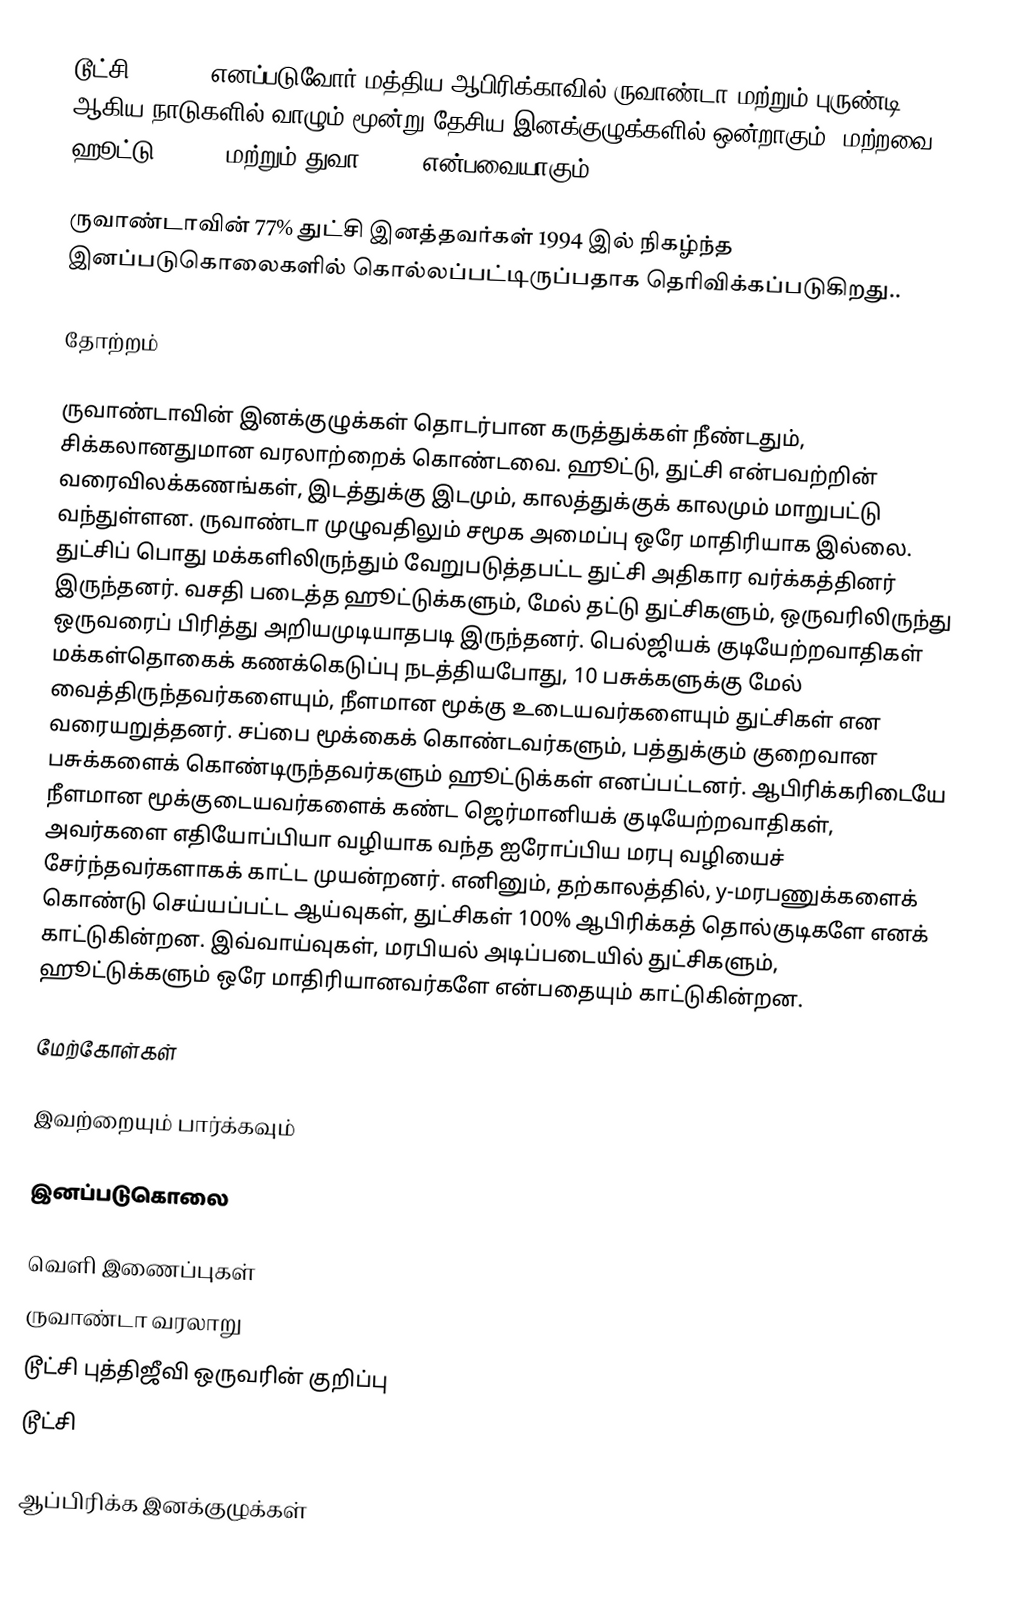
டூட்சி (Tutsi) எனப்படுவோர் மத்திய ஆபிரிக்காவில் ருவாண்டா மற்றும் புருண்டி ஆகிய நாடுகளில் வாழும் மூன்று தேசிய இனக்குழுக்களில் ஒன்றாகும். மற்றவை ஹூட்டு (Hutu) மற்றும் துவா (Twa) என்பவையாகும்.

ருவாண்டாவின் 77% துட்சி இனத்தவர்கள் 1994 இல் நிகழ்ந்த இனப்படுகொலைகளில் கொல்லப்பட்டிருப்பதாக தெரிவிக்கப்படுகிறது..

தோற்றம்

ருவாண்டாவின் இனக்குழுக்கள் தொடர்பான கருத்துக்கள் நீண்டதும், சிக்கலானதுமான வரலாற்றைக் கொண்டவை. ஹூட்டு, துட்சி என்பவற்றின் வரைவிலக்கணங்கள், இடத்துக்கு இடமும், காலத்துக்குக் காலமும் மாறுபட்டு வந்துள்ளன. ருவாண்டா முழுவதிலும் சமூக அமைப்பு ஒரே மாதிரியாக இல்லை. துட்சிப் பொது மக்களிலிருந்தும் வேறுபடுத்தபட்ட துட்சி அதிகார வர்க்கத்தினர் இருந்தனர். வசதி படைத்த ஹூட்டுக்களும், மேல் தட்டு துட்சிகளும், ஒருவரிலிருந்து ஒருவரைப் பிரித்து அறியமுடியாதபடி இருந்தனர். பெல்ஜியக் குடியேற்றவாதிகள் மக்கள்தொகைக் கணக்கெடுப்பு நடத்தியபோது, 10 பசுக்களுக்கு மேல் வைத்திருந்தவர்களையும், நீளமான மூக்கு உடையவர்களையும் துட்சிகள் என வரையறுத்தனர். சப்பை மூக்கைக் கொண்டவர்களும், பத்துக்கும் குறைவான பசுக்களைக் கொண்டிருந்தவர்களும் ஹூட்டுக்கள் எனப்பட்டனர். ஆபிரிக்கரிடையே நீளமான மூக்குடையவர்களைக் கண்ட ஜெர்மானியக் குடியேற்றவாதிகள், அவர்களை எதியோப்பியா வழியாக வந்த ஐரோப்பிய மரபு வழியைச் சேர்ந்தவர்களாகக் காட்ட முயன்றனர். எனினும், தற்காலத்தில், y-மரபணுக்களைக் கொண்டு செய்யப்பட்ட ஆய்வுகள், துட்சிகள் 100% ஆபிரிக்கத் தொல்குடிகளே எனக் காட்டுகின்றன. இவ்வாய்வுகள், மரபியல் அடிப்படையில் துட்சிகளும், ஹூட்டுக்களும் ஒரே மாதிரியானவர்களே என்பதையும் காட்டுகின்றன.

மேற்கோள்கள்

இவற்றையும் பார்க்கவும்

 இனப்படுகொலை

வெளி இணைப்புகள்
ருவாண்டா வரலாறு
டூட்சி புத்திஜீவி ஒருவரின் குறிப்பு
டூட்சி

ஆப்பிரிக்க இனக்குழுக்கள்